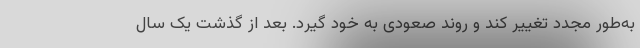
به‌طور مجدد تغییر کند و روند صعودی به خود گیرد. بعد از گذشت یک سال